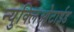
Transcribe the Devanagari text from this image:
न्युक्लिओटाईड